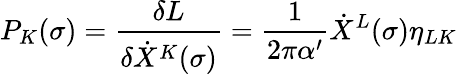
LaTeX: P_{K}(\sigma)=\frac{\delta L}{\delta\dot{X}^{K}(\sigma)}=\frac{1}{2\pi\alpha^{\prime}}\dot{X}^{L}(\sigma)\eta_{LK}